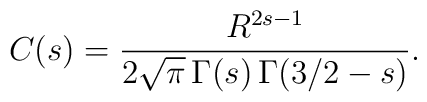
C(s)= \frac{R^{2s-1}}{2\sqrt \pi \,\Gamma (s)\,\Gamma (3/2-s)}{.}